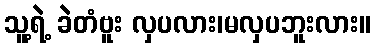
သူ့ရဲ့ ခဲတံဗူး လှပလား၊မလှပဘူးလား။